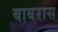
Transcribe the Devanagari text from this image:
बाबरास